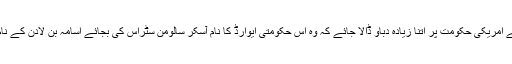
کوشش کر کے امریکی حکومت پر اتنا زیادہ دباوؑ ڈالا جائے کہ وہ اس حکومتی ایوارڈ کا نام آسکر سالومن سٹراس کی بجائے اسامہ بن لادن کے نام پر رکھ دے۔